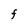
Character: F